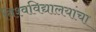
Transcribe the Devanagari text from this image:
विश्वविद्यालयांचा